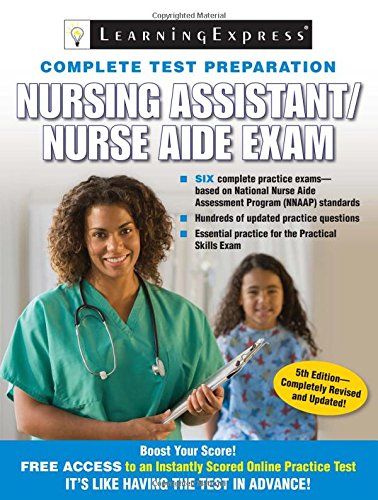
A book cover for Nursing Assistant / Nurse Aide Exam; Learning Express Llc; Medical Books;